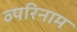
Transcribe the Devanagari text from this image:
व्परिनाम